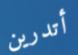
أتدرين